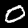
Digit: 0